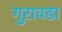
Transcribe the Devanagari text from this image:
गुरावडा